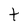
Character: t